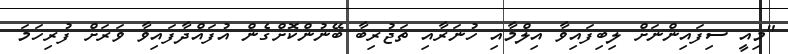
"މިއީ ސިފައިންނަށް ލިބިފައިވާ އިލްމާއި ހުނަރާއި ތަޖުރިބާ ބޭނުންކޮށްގެން އުފައްދާފައިވާ ވަރަށް ފުރިހަމަ